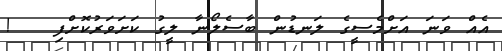
އެއް ވަނަ އަށްމެސީގެ ލަނޑުން ބާސެލޯނާ ލީގު ކަށަވަރުކޮށްފި   !